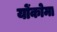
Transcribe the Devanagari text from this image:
योंकोमा